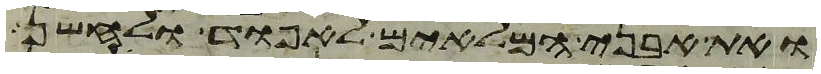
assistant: ואת אבני המלאים לאפוד ולחשן